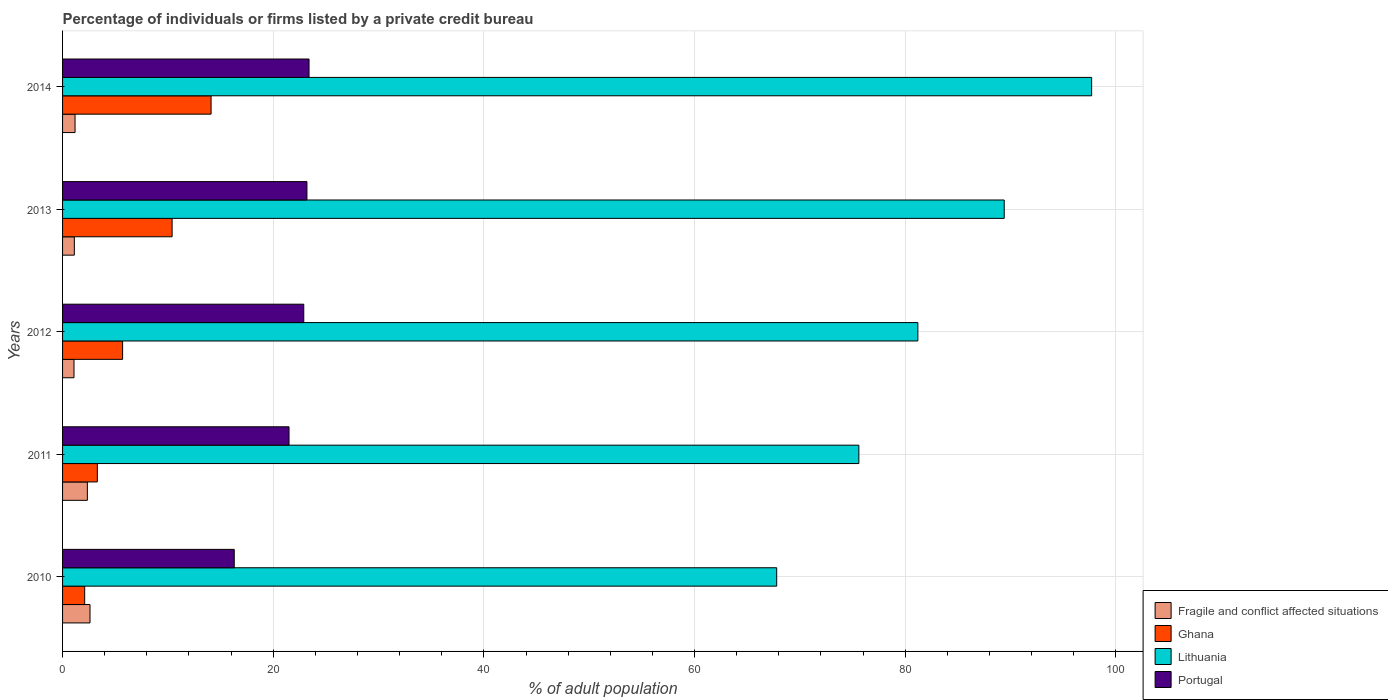
| Years | Fragile and conflict affected situations | Ghana | Lithuania | Portugal |
 | --- | --- | --- | --- | --- |
 | 2010 | 2.61 | 2.1 | 67.8 | 16.3 |
 | 2011 | 2.35 | 3.3 | 75.6 | 21.5 |
 | 2012 | 1.08 | 5.7 | 81.2 | 22.9 |
 | 2013 | 1.12 | 10.4 | 89.4 | 23.2 |
 | 2014 | 1.18 | 14.1 | 97.7 | 23.4 |